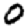
Digit: 0